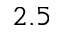
2 . 5